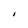
Character: I